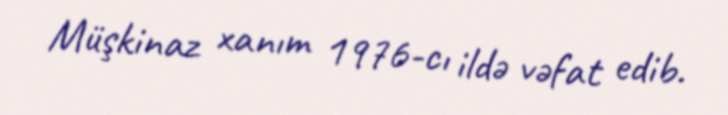
Müşkinaz xanım 1976-cı ildə vəfat edib.